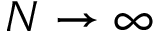
N \rightarrow \infty